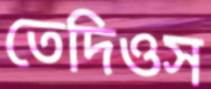
তেদিওস